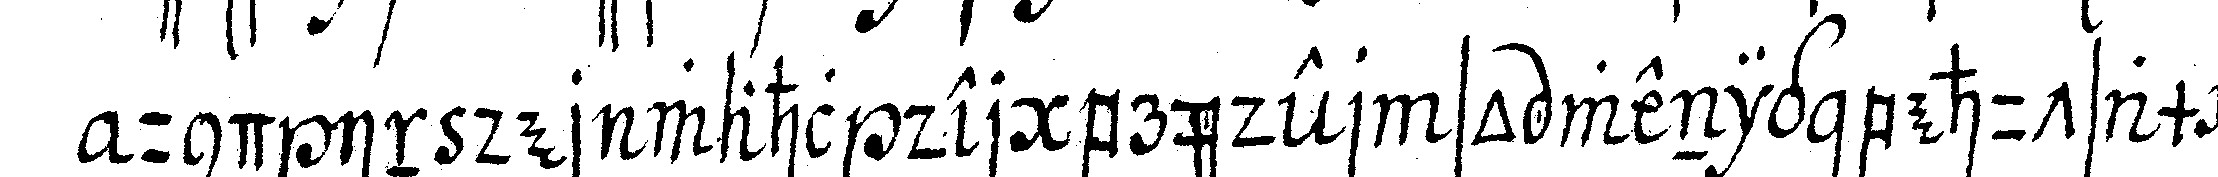
und in der wahl der brüder so wenig behutsam